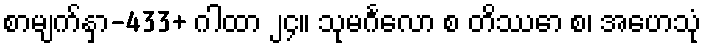
စာမျက်နှာ-433+ ဂါထာ ၂၄။ သုမင်္ဂလော စ တိဿော စ၊ အဟေသုံ